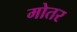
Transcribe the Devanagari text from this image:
मोतर